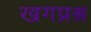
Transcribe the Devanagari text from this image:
खगप्रश्न